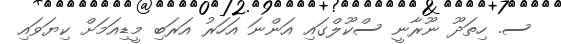
ސ. ހިތަދޫ ނޫރާނީ ސްކޫލްގައި އަންނަ އަހަރު އަރަބި މީޑިއަމަށް ކިޔަވައި